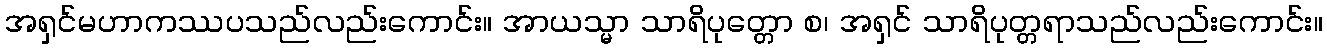
အရှင်မဟာကဿပသည်လည်းကောင်း။ အာယသ္မာ သာရိပုတ္တော စ၊ အရှင် သာရိပုတ္တရာသည်လည်းကောင်း။